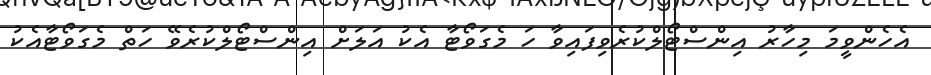
އެހެންވީމަ މިހާރު އިންސްޓޯލްކުރެވިފައިވާ ހަ މެގަވޯޓާ އެކު އަލަށް އިންސްޓޯލްކުރެވޭ ހަތް މެގަވޯޓާއެކު